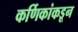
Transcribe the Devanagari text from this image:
कर्णिकांकडून